Tartu_linna_vaeslastekohus, lk 13
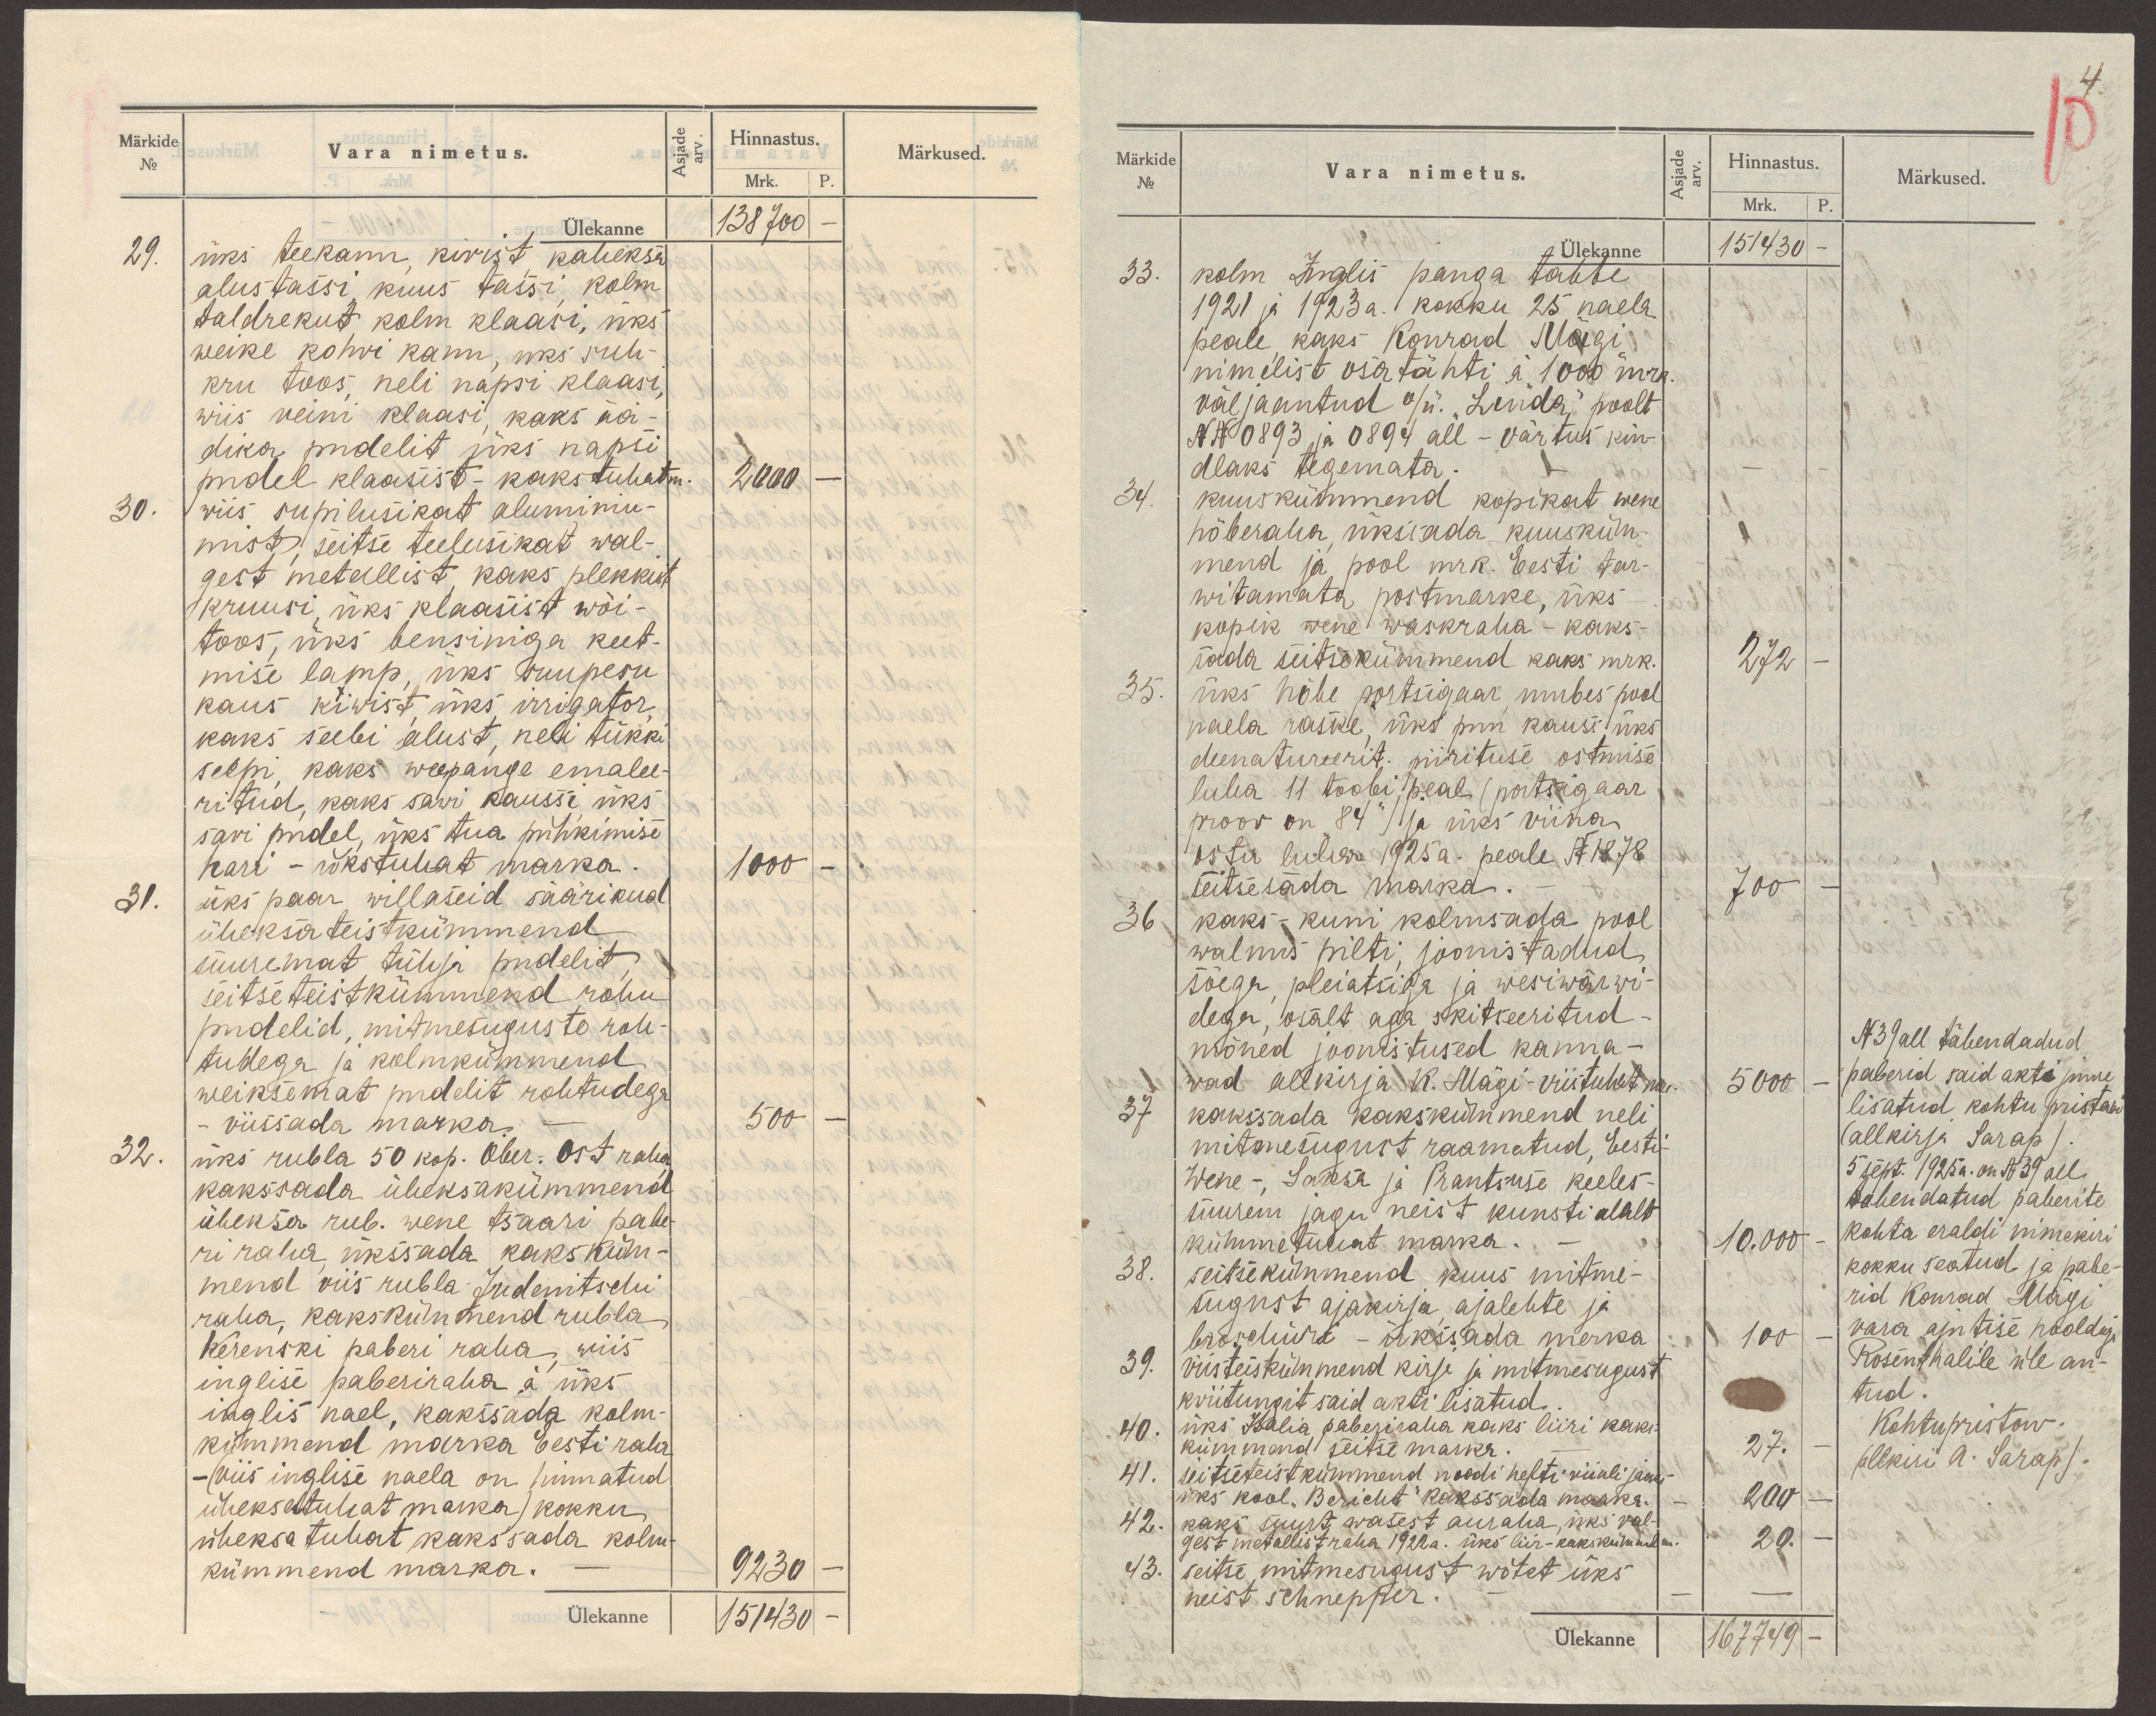
Märkide
No
Vara nimetus.
Asjade
arv.
Hinnastus.
Mrk.
P.
Märkused.
Ülekanne 138 700 -
29. üks teekann, kivist, kaheksa
alustassi, kuus tassi, kolm
taldrekut, kolm klaasi, üks
weike kohvi kann, uks suh-
kru toos, neli napsi klaasi,
wiis veini klaasi, kaks ää-
dika pudelit üks napsi
pudel klaasist - kakstuhat m.
2000 -
30. wiis supilusikat aluminiu-
mist, seitse teelusikat wal-
gest metallist, kaks plekkist
kruusi, üks klaasist wõi-
toos, üks bensiniga keet-
mise lamp, üks suupesu
kaus kiwist, üks irrigator,
kaks seebi alust, neli tükki
seepi, kaks weepange emalee-
ritud, kaks sawi kaussi, üks
savi pudel, üks tua pühkimise
hari - ükstuhat marka.
1000 -
31. üks paar willaseid säärikud
üheksateistkümmend
suuremat tühja pudelit,
seitseteistkümmend rohu
pudelid, mitmesuguste roh-
tudega ja kolmkümmend
weiksemat pudelit rohtudega
viissada marka.
500 -
32. üks rubla 50 kop. Ober.-Ost raha,
kakssada üheksakümmend
üheksa rub. wene tsaari pabe-
ri raha, ükssada kaksküm-
mend viis rubla Judenitschi
raha, kakskümmend rubla
Kerenski paberi raha, wiis
inglise paberiraha a üks
inglis nael, kakssada kolm-
kümmend marka Eesti raha
- (viis inglise naela on hinnatud
üheksatuhat marka) kokku
üheksatuhat kakssada kolm-
kümmend marka. -
9230 -
Ülekanne 151430 -

Märkide
No
Vara nimetus.
Asjade
arv.
Hinnastus.
Mrk.
P.
Märkused.
Ülekanne 151430 -
33. kolm Inglis panga tähte
1921 ja 1923 a. kokku 25 naela
peale, kaks Konrad Mägi
nimelist osatähti à "1000" mrk.
väljaantud o/ü "Linda" poolt
NN 0893 ja 0894 all - värtus kin-
dlaks tegemata.
34. kuuskümmend kopikat wene
hõberaha, ükssada kuusküm-
mend ja pool mrk. Eesti tar-
witamata postmarke, üks
kopik wene waskraha - kaks-
sada seitsekümmend kaks mrk.
272 -
35. üks hõbe portsigaar, umbes pool
naela raske, üks puu kauss, üks
deenatureerit. piirituse ostmise
luba 11 toobi peal (portsigaar
proov on "84") ja üks viina
ostu luba 1925 a. peale N 1878
seitsesada marka.
700 -
36 kaks- kuni kolmsada pool
walmis pilti, joonistadud
söega, pleiatsiga ja wesiwärwi-
dega, osalt aga skitseeritud -
mõned joonistused kanna-
wad allkirja K. Mägi - viistuhat mrk.
5000 -
37 kakssada kakskümmend neli
mitmesugust raamatud, Eesti-
Wene -, Saksa ja Prantsuse keeles-
suurem jagu neist kunsti alalt
kümmetuhat marka.
10.000 -
38. seitsekümmend kuus mitme-
sugust ajakirja, ajalehte ja
broschüri - ükssada merka
100 -
39. viisteiskümmend kirje ja mitmesugust
kviitungit said akti lisatud.
40. üks Italia paberiraha kaks liiri kaks-
kümmend seitse marka.
27. -
41. seitseteistkümmend noodi hefti viiuli jaoks
üks kool "Bericht" kakssada marka.
200 -
42. kaks suurt wasest auraha, üks val-
gest metallist raha 1922 a. üks liir - kakskümmend m.
20. -
43. seitse mitmesugust wõtet üks
neist schnepper.
N39 all tähendadud
paberid said akti juure
lisatud kohtu pristawi
(allkirja Sarap).
5 sept. 1925a. on N 39 all
tahendatud paberite
kohta eraldi nimekiri
kokku seatud ja pabe-
rid Konrad Mägi
vara ajutise hooldaja
Rosenthalile üle an-
tud.
Kohtupristaw.
(allkiri A. Sarap).
Ülekanne 167749 -